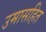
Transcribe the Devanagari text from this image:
उमासहित